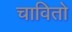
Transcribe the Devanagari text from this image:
चावितो